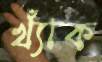
খ্যাঁক